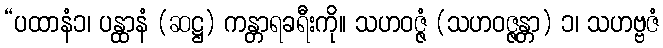
“ပထာနံ၁၊ ပန္ထာနံ (ဆဋ္ဌ) ကန္တာရခရီးကို။ သဟဝဇ္ဇံ (သဟဝဇ္ဇန္တာ) ၁၊ သဟဗ္ဗဇံ